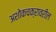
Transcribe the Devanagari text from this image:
अशोकचक्रावरील